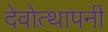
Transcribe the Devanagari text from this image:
देवोत्थापनी